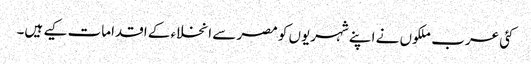
کئی عرب ملکوں نے اپنے شہریوں کو مصر سے انخلاء کے اقدامات کیے ہیں۔